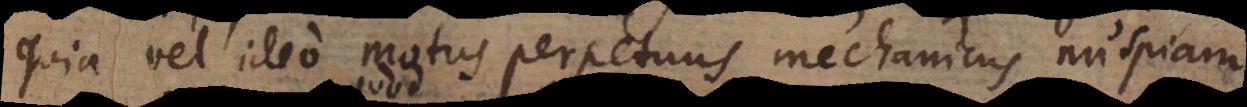
quia vel ideo motus perpetuus mechanicus nuspiam